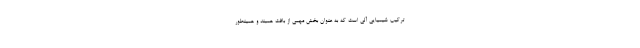
ترکیب شیمیایی آلی است که به عنوان بخش مهمی از بافت همبند و همینطور